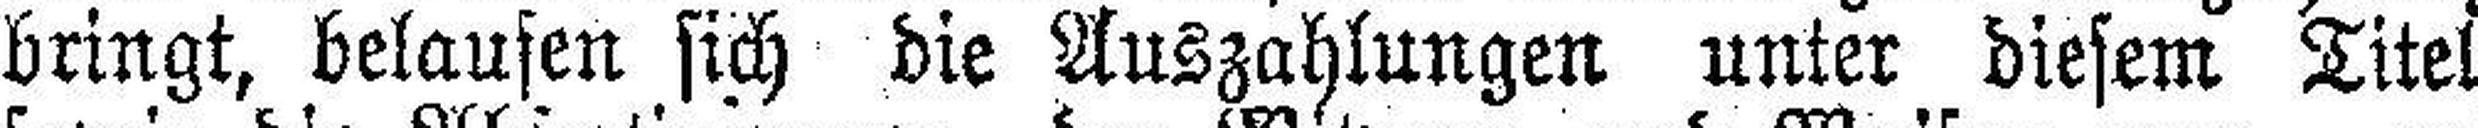
bringt, belaufen sich die Auszahlungen unter diesem Titel